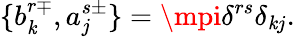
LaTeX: \{ b_{\mathit{k}}^{r\mp},a_{j}^{s\pm}\} =\mpi\delta^{rs}\delta_{\mathit{k}j}.